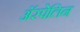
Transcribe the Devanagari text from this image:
अॅस्पेलिन